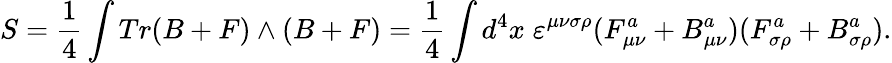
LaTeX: S={\frac{1}{4}}\int Tr(B+F)\wedge(B+F)={\frac{1}{4}}\int d^{4}x\; \varepsilon^{\mu\nu\sigma\rho}(F_{\mu\nu}^{a}+B_{\mu\nu}^{a})(F_{\sigma\rho}^{a}+B_{\sigma\rho}^{a}).